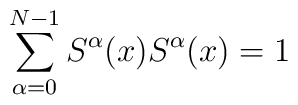
\sum_{\alpha =0}^{N-1} S^{\alpha }(x) S^{\alpha }(x) = 1